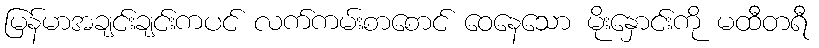
မြန်မာအချင်းချင်းကပင် လက်ကမ်းစာစောင် ဝေနေသော မိုးနှောင်းကို မထီတရီ